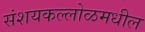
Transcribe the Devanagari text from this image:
संशयकल्लोळमधील